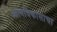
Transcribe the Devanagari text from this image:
आत्मविकासाचा